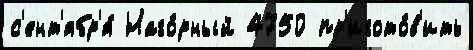
с'ент'ябр'я́ Наго́рный 4750 пр'игото́в'ить